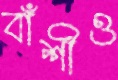
বাঁশীও